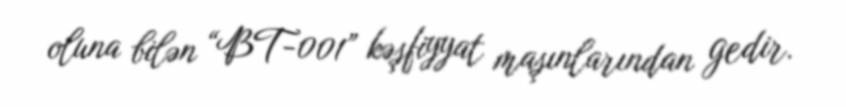
oluna bilən “BT-001” kəşfiyyat maşınlarından gedir.